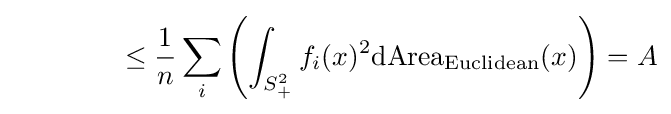
\qquad \qquad \leq {\frac {1}{n}}\sum _{i}\left(\int _{S_{+}^{2}}f_{i}(x)^{2}\mathrm {dArea} _{\text{Euclidean}}(x)\right)=A